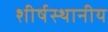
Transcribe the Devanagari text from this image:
शीर्षस्थानीय